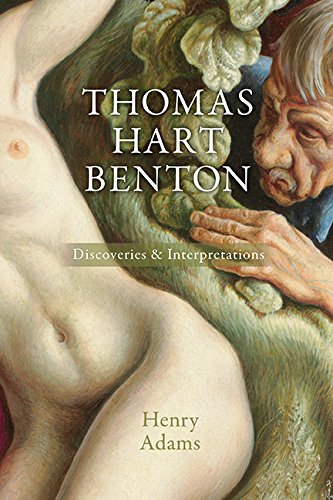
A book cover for Thomas Hart Benton: Discoveries and Interpretations; Henry Adams; Arts & Photography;